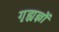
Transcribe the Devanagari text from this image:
गृह्यज्ञों